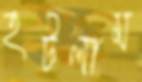
হটলাম